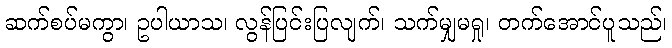
ဆက်စပ်မကွာ၊ ဥပါယာသ၊ လွန်ပြင်းပြလျက်၊ သက်မျှမရှု၊ တက်အောင်ပူသည်၊